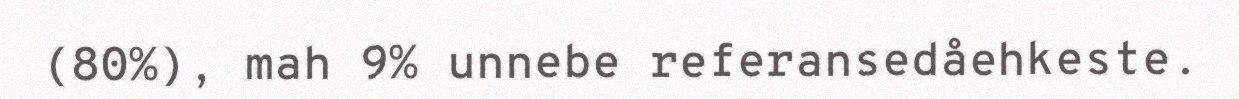
(80%), mah 9% unnebe referansedåehkeste.